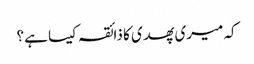
کہ میری پھدی کا ذائقہ کیسا ہے؟